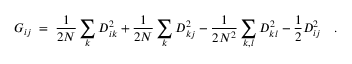
G _ { i j } \; = \; \frac { 1 } { 2 N } \sum _ { k } D _ { i k } ^ { 2 } + \frac { 1 } { 2 N } \sum _ { k } D _ { k j } ^ { 2 } - \frac { 1 } { 2 N ^ { 2 } } \sum _ { k , l } D _ { k l } ^ { 2 } - \frac { 1 } { 2 } D _ { i j } ^ { 2 } \quad .